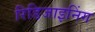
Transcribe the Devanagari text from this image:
रिडिजाइनिंग